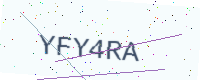
Text: YFY4RA